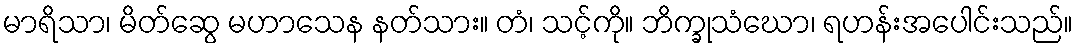
မာရိသာ၊ မိတ်ဆွေ မဟာသေန နတ်သား။ တံ၊ သင့်ကို။ ဘိက္ခုသံဃော၊ ရဟန်းအပေါင်းသည်။